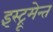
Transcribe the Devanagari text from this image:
इंस्ट्रूमेन्त